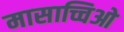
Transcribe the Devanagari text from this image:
मासाच्चिओ